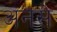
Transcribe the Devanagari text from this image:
अनसे